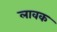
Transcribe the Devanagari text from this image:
लावक